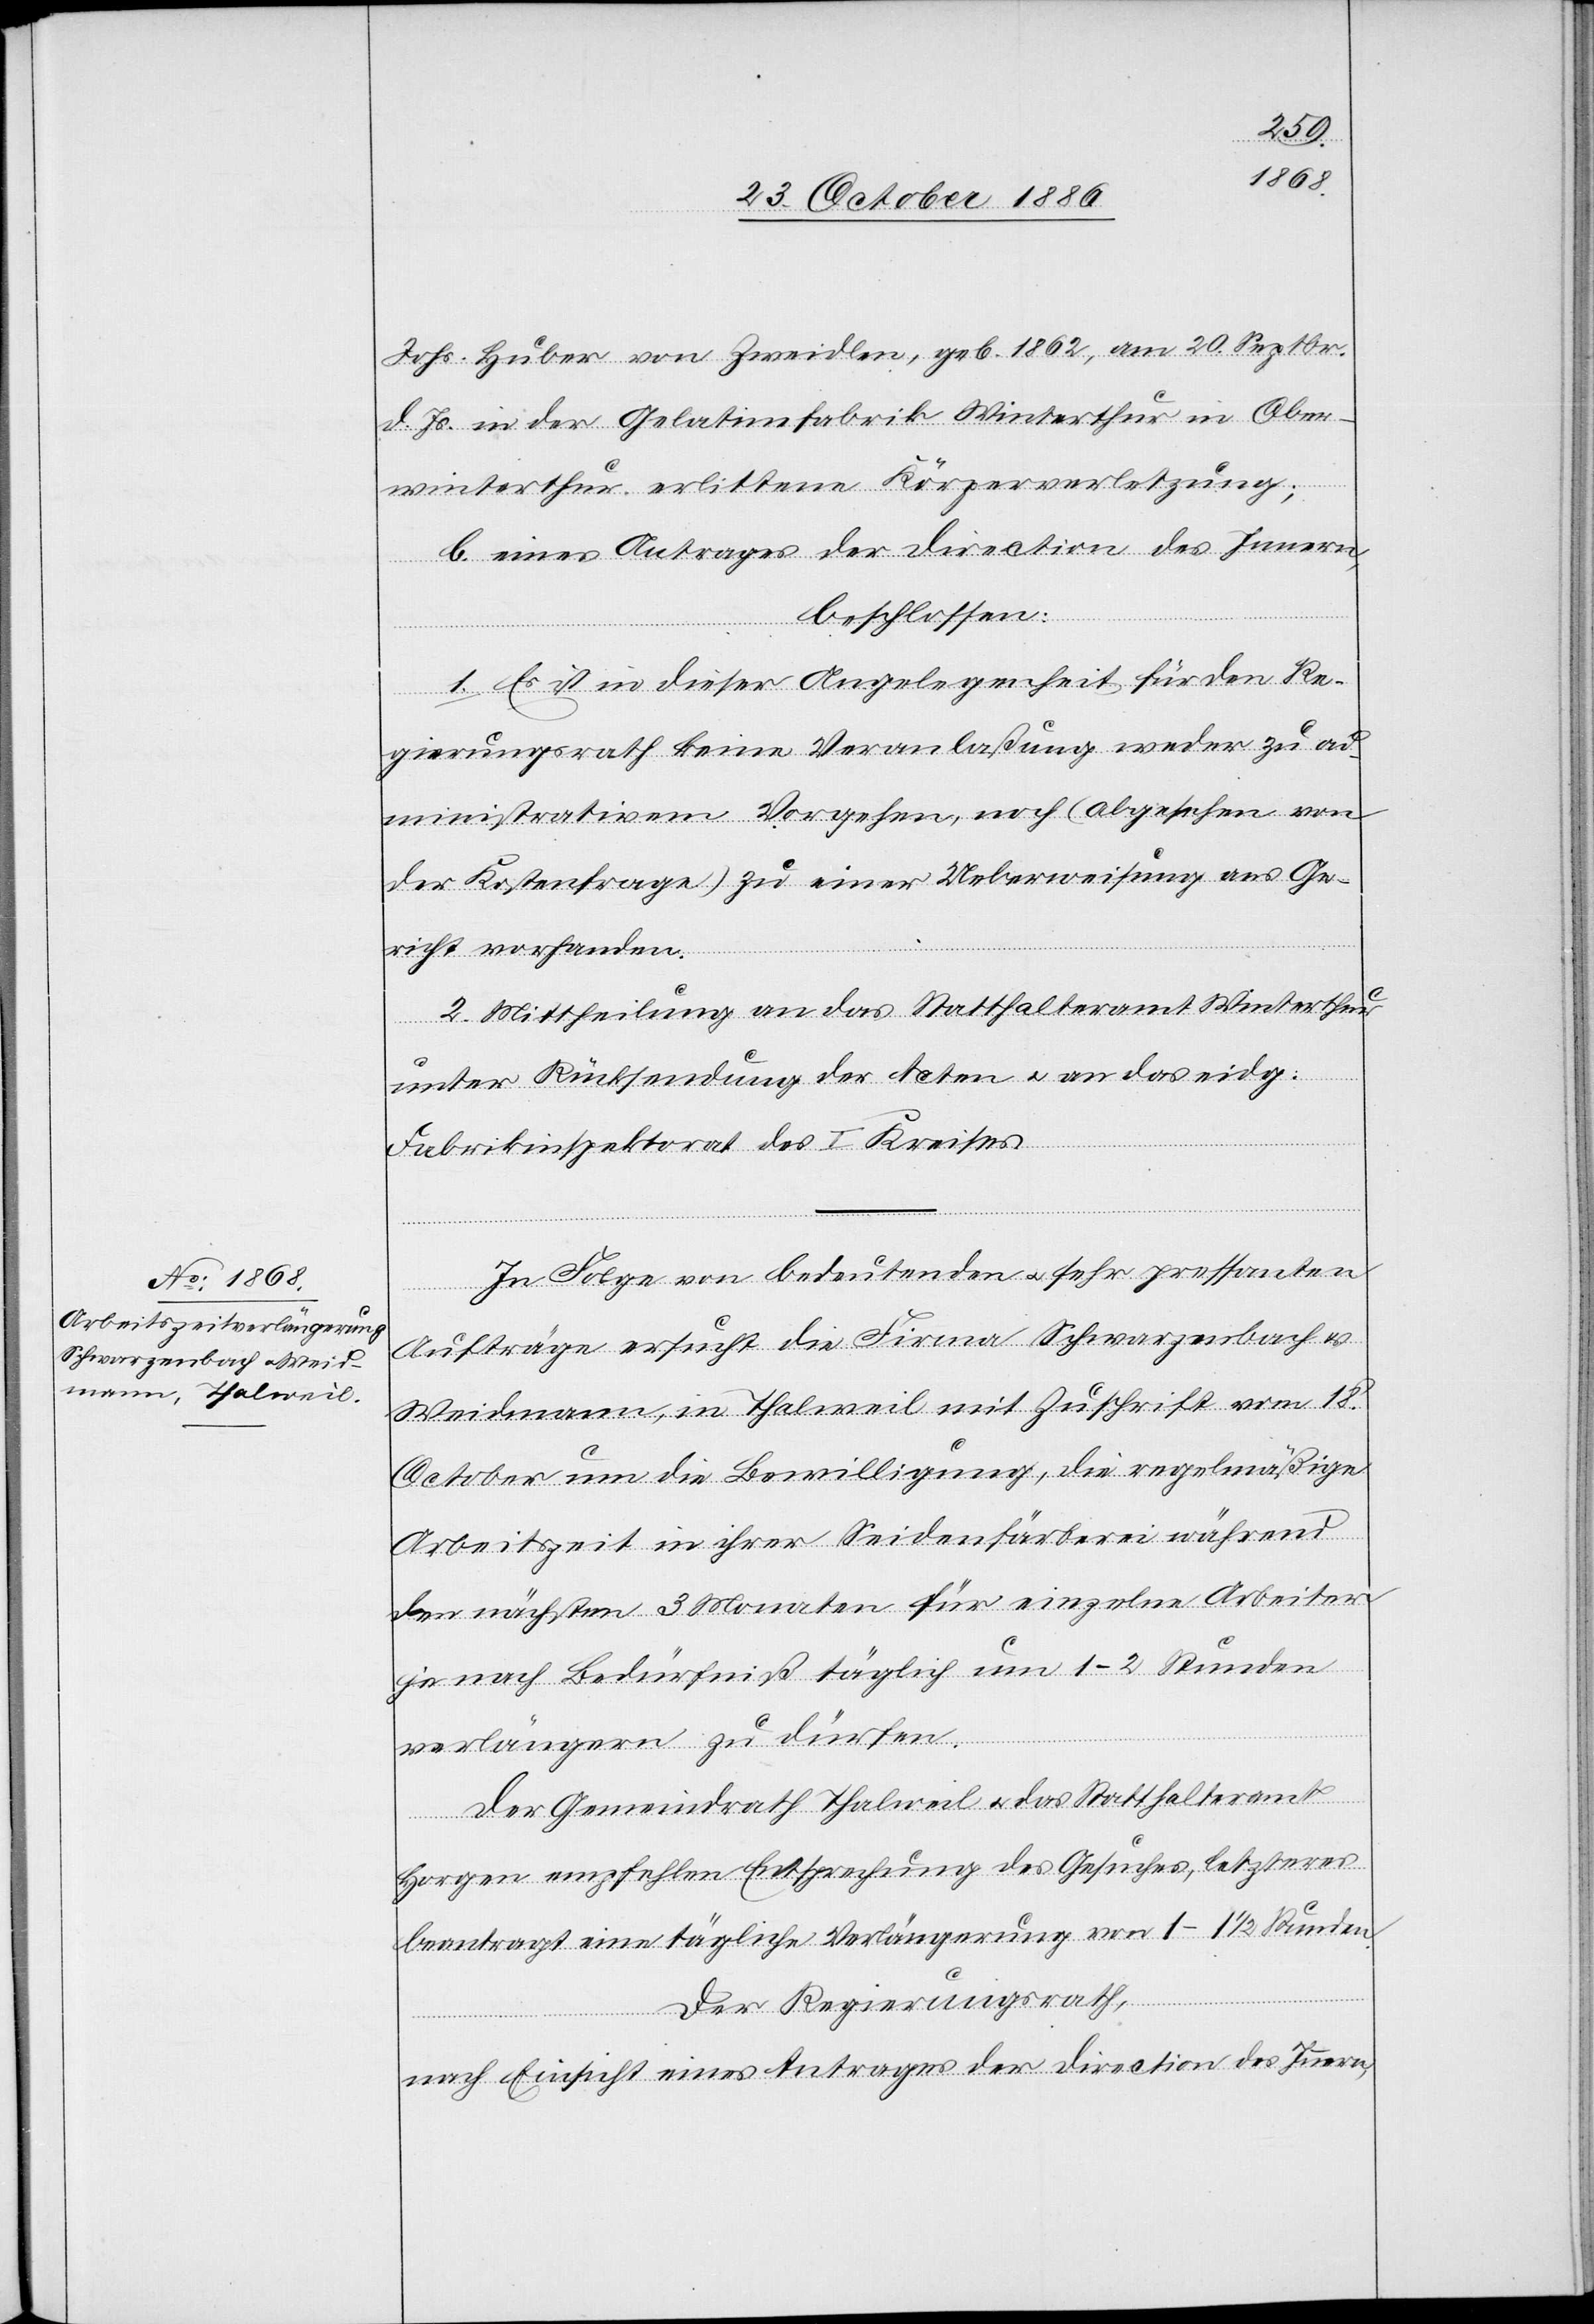
Johs. Huber von Zweidlen, geb. 1862, am 20. Septbr.
d. Js. in der Gelatinefabrik Winterthur in Ober¬
winterthur erlittene Körperverletzung;
b. eines Antrages der Direction des Innern,
beschlossen:
1. Es ist in dieser Angelegenheit für den Re¬
gierungsrath keine Veranlaßung weder zu ad¬
ministrativem Vorgehen, noch (abgesehen von
der Kostenfrage) zu einer Ueberweisung ans Ge¬
richt vorhanden.
2. Mittheilung an das Statthalteramt Winterthur
unter Rücksendung der Acten & an das eidg.
Fabrikinspektorat des I. Kreises.
In Folge von bedeutenden & sehr pressanten
Aufträgen ersucht die Firma Schwarzenbach &
Weidmann, in Thalweil mit Zuschrift vom 18.
October um die Bewilligung, die regelmäßige
Arbeitszeit in ihrer Seidenfärberei während
den nächsten 3 Monaten für einzelne Arbeiter
je nach Bedürfniß täglich um 1–2 Stunden
verlängern zu dürfen.
Der Gemeindrath Thalweil & das Statthalteramt
Horgen empfehlen Entsprechung des Gesuches, letzteres
beantragt eine tägliche Verlängerung von 1–1 1/2 Stunden.
Der Regierungsrath,
nach Einsicht eines Antrages der Direction des Innern,